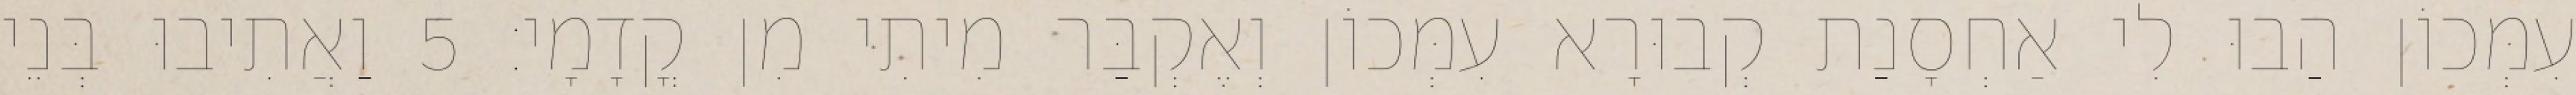
עִמְּכוֹן הַבוּ לִי אַחְסָנַת קְבוּרָא עִמְּכוֹן וְאֶקְבַּר מִיתִי מִן קֳדָמָי׃ 5 וַאֲתִיבוּ בְּנֵי